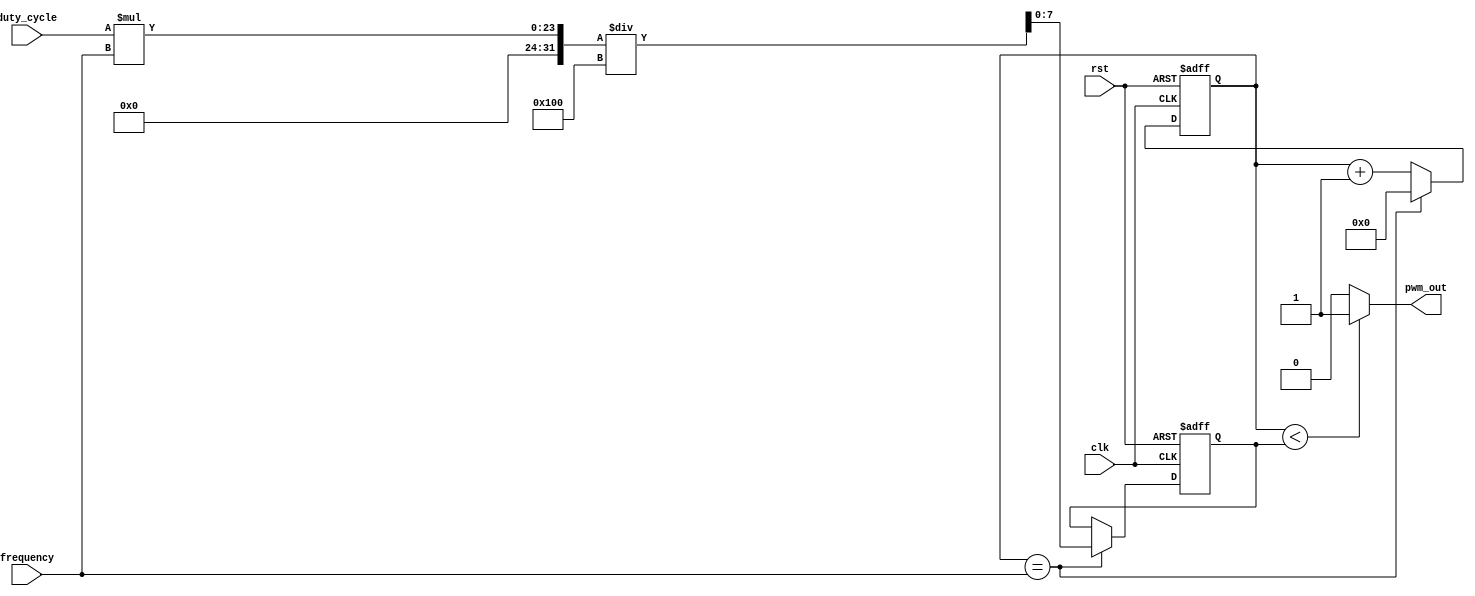
module PWM_Pulse_Generator (
    input wire clk,
    input wire rst,
    input wire [7:0] duty_cycle,
    input wire [15:0] frequency,
    output reg pwm_out
);

reg [15:0] count;
reg [7:0] pulse_width;

always @(posedge clk or posedge rst) begin
    if (rst) begin
        count <= 0;
        pulse_width <= 0;
    end else begin
        if (count == frequency) begin
            count <= 0;
            pulse_width <= (duty_cycle * frequency) / 256;
        end else begin
            count <= count + 1;
        end
    end
end

assign pwm_out = (count < pulse_width) ? 1'b1 : 1'b0;

endmodule